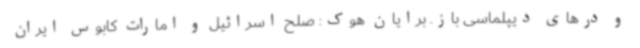
و درهای دیپلماسی باز. برایان هوک: صلح اسرائیل و امارات کابوس ایران